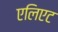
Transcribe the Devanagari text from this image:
एलिएट